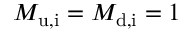
M _ { \mathrm { u , i } } = M _ { \mathrm { d , i } } = 1